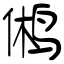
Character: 鸺